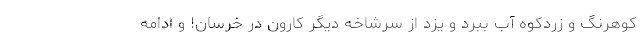
کوهرنگ و زردکوه آب ببرد و یزد از سرشاخه دیگر کارون در خرسان! و ادامه